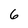
Character: 6